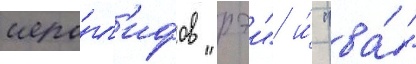
иеро́гл'ифов "рэи" и́ "ва́"